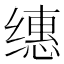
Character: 𰬸